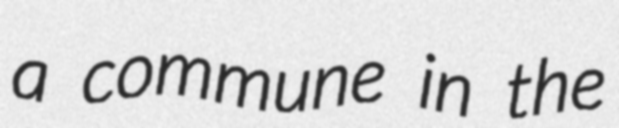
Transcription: a commune in the